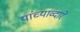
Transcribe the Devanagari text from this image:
यांच्याव्दारे